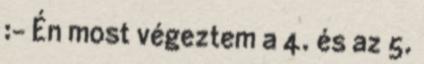
:- Én most végeztem a 4. és az 5.